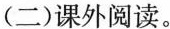
(二)课外阅读。